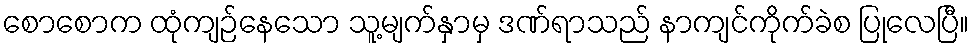
စောစောက ထုံကျဉ်နေသော သူ့မျက်နှာမှ ဒဏ်ရာသည် နာကျင်ကိုက်ခဲစ ပြုလေပြီ။